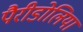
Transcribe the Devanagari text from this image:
पैरीडोलिया